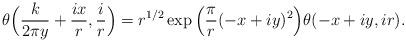
LaTeX: \begin{align*} \theta\Big(\frac{k}{2 \pi y} + \frac{ix}{r}, \frac{i}{r}\Big) = r^{1/2} \exp\Big(\frac{\pi}{r}(-x+iy)^2\Big) \theta(-x + iy, ir).\end{align*}